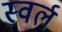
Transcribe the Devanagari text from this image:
स्वर्ल